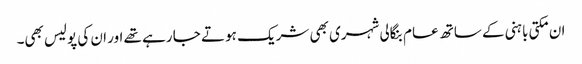
ان مکتی باہنی کے ساتھ عام بنگالی شہری بھی شریک ہو تے جا رہے تھے اور ان کی پولیس بھی۔